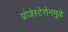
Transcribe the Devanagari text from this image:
प्रोजेस्टेरोनमुळे